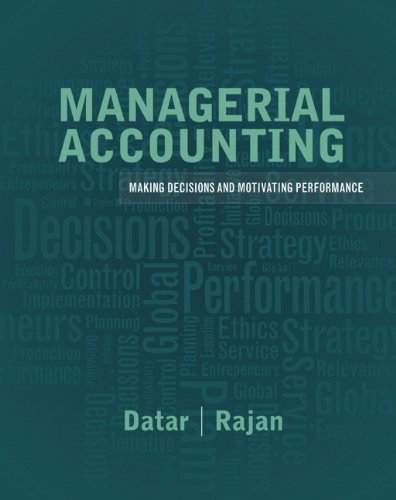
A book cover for Managerial Accounting: Decision Making and Motivating Performance Plus NEW MyAccountingLab with Pearson eText -- Access Card Package; Srikant M. Datar; Business & Money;